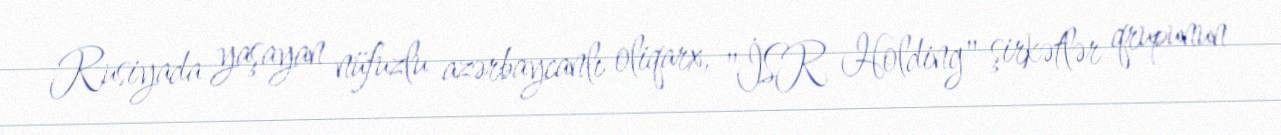
Rusiyada yaşayan nüfuzlu azərbaycanlı oliqarx, "İSR Holding" şirkətlər qrupunun